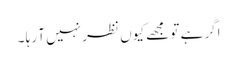
اگر ہے تو مجھے کیوں نظر نہیں آ رہا ۔